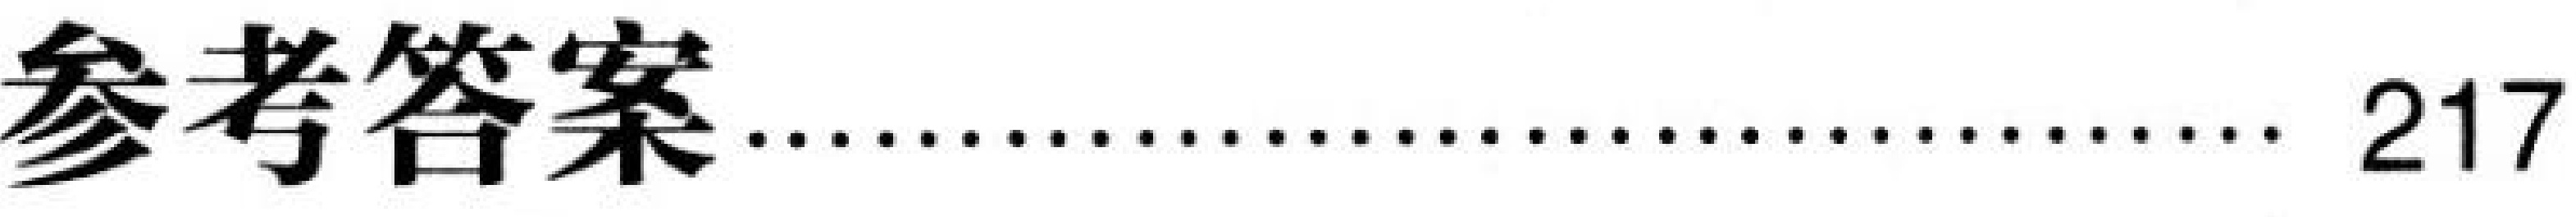
参考答案.......................... 217